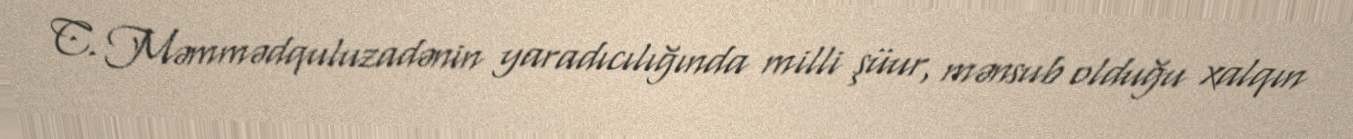
C. Məmmədquluzadənin yaradıcılığında milli şüur, mənsub olduğu xalqın